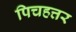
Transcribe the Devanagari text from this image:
पिचहत्तर